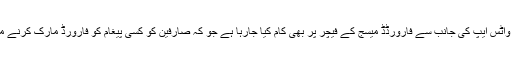
دوسری جانب واٹس ایپ کی جانب سے فارورڈڈ میسج کے فیچر پر بھی کام کیا جارہا ہے جو کہ صارفین کو کسی پیغام کو فارورڈ مارک کرنے میں مدد دے گا۔